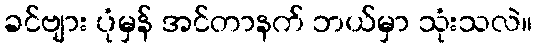
ခင်ဗျား ပုံမှန် အင်တာနက် ဘယ်မှာ သုံးသလဲ။